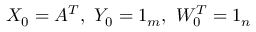
X _ { 0 } = A ^ { T } , \ Y _ { 0 } = \boldsymbol { 1 } _ { m } , \ W _ { 0 } ^ { T } = \boldsymbol { 1 } _ { n }